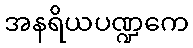
အနရိယပဏ္ဍကေ